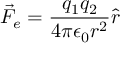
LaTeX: { \vec { F } } _ { e } = { \frac { q _ { 1 } q _ { 2 } } { 4 \pi \epsilon _ { 0 } r ^ { 2 } } } { \hat { r } }